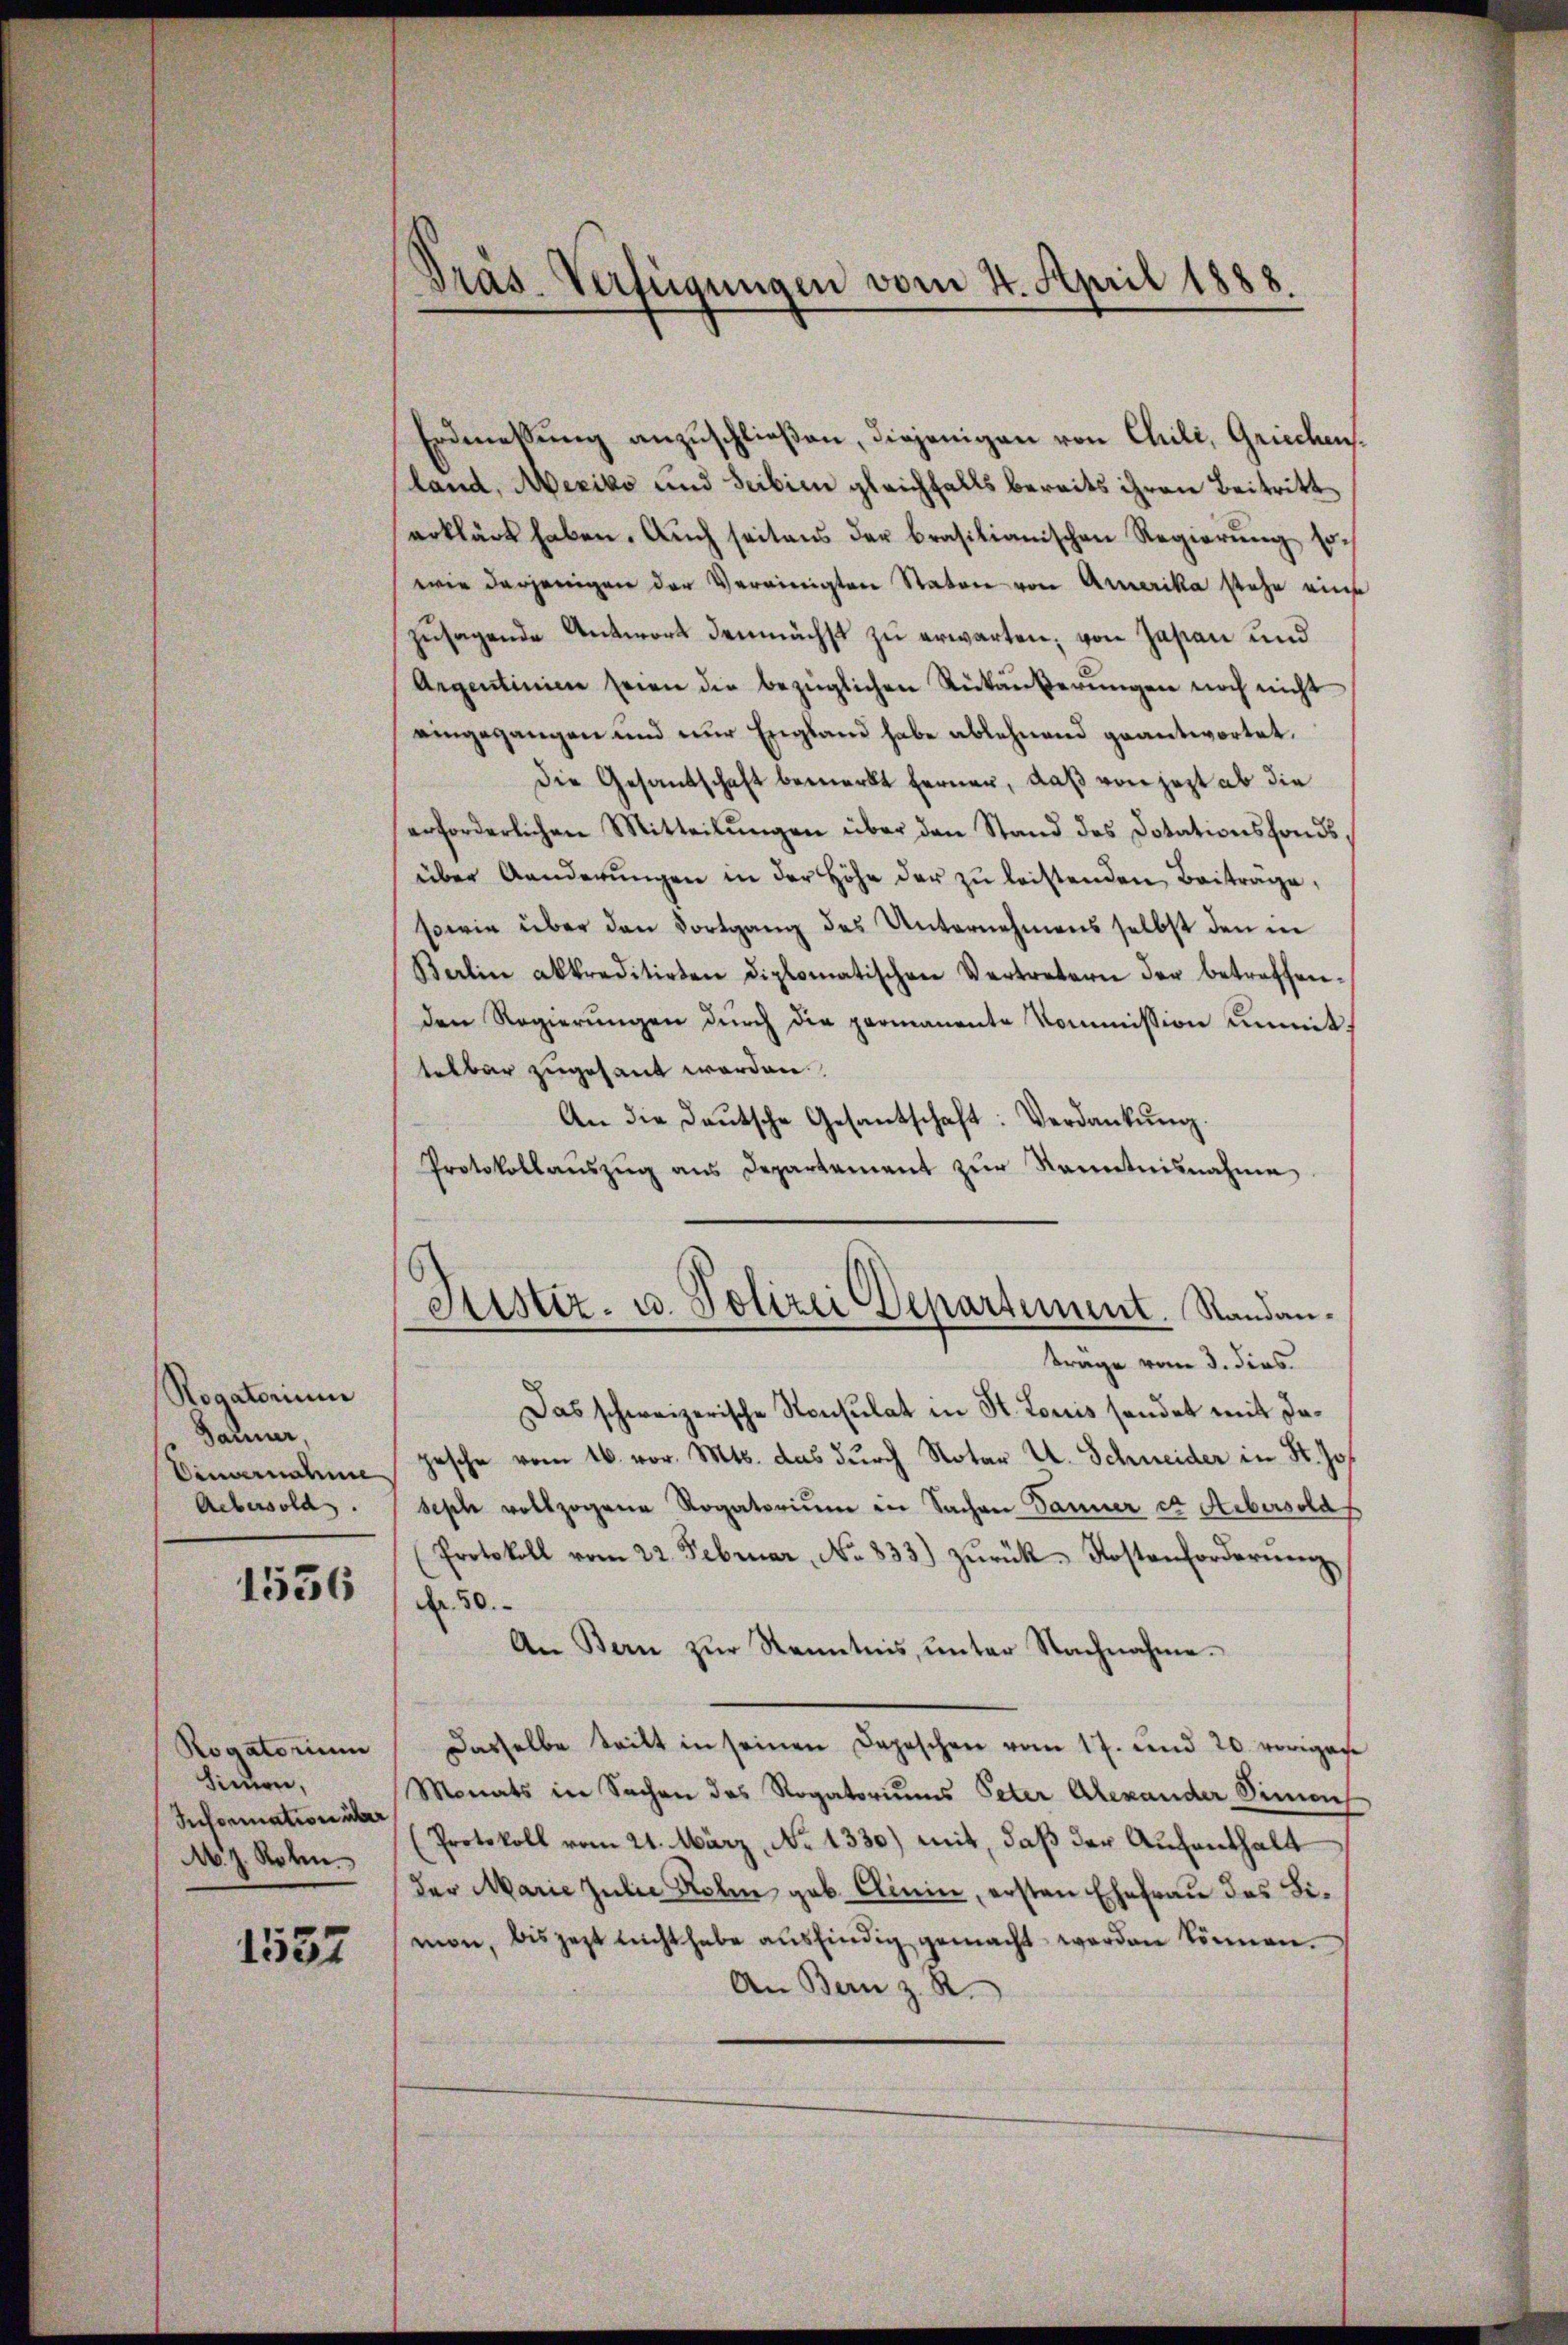
Rogatorium
Dähner,
binanden
Acbesold.

1536

Rogatorium
Simmen,
Information über
M. J. Roben.

1537

Präs. Verfügungen vom 4. April 1888

Erdmessung anzuschließen, diejenigen von Chile, Griechensland, Mexiko und Seibien gleichfalls bereits ihren Beitritt
erklärt haben. Auch seitens der brasilianischen Regierung sowie derjenigen der Vereinigten Staton von Armerika stehe eine
zusagende Antwort demnächst zu erwarten; von Jastian und
Argentinien seien die bezüglichen Rükäŭberŭngen noch nicht
eingegangen und nur England habe ablehnend geantwortet.
Die Gesandschaft bemerkt ferner, daß von jezt ab die
erforderlichen Mitteilŭngen über den Stand des Dotationsfonds,
über Aenderŭngen in der Höhe der zŭ leistenden Beitrage,
sowie über den Fortgang des Unternehmens selbst den in
Balin akkreditirten Diplomatischen Vertretern der betreffen-
den Regierŭngen dŭrch die permanente Kommission unmittelbar zugesant worden.
An die Deutsche Gesantschaft: Verdankŭng.
Protokollaŭszŭg ans Departement zŭr Kenntnisnahme
Histiz- u. Polizei Departement. Standantrage vom 3. dies
Das schweizerische Konsulat in St. Louis sendet mit Inpesche vom 16. vor. Mts. das durch Notar U. Schneider in St. Jos.
sesch vollzogene Rogatoriŭm in Sachen Jänner et Aebersolas
Protokoll vom 22. Februar, No. 833) zŭrük. Kostenfordernenz
Nr. 50.
An Bern zŭr Kenntnis, ŭnter Nachnahme.
Dasselbe teilt in seinen Depeschen vom 17. und 20. voriges
Monats in Sachen des Rogatoriums Peter Alexander Simon
(Protokoll vom 21. März, No 1330) mit, daß der Aufenthalt
der Marie Julie Rohin geb. Clinin, ersten Ehefrau des Limon, bis jezt nicht habe aŭsfindig gemacht werden können.
An Bern z. R.